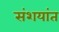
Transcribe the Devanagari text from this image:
संशयांत